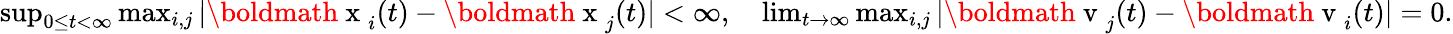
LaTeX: \begin{array}{r}{\begin{array}{r}{\operatorname*{sup}_{0\leq t<\infty}\operatorname*{max}_{i,j}|\mathrm{\boldmath~x~}_{i}(t)-\mathrm{\boldmath~x~}_{j}(t)|<\infty,\quad\operatorname*{lim}_{t\to\infty}\operatorname*{max}_{i,j}|\mathrm{\boldmath~v~}_{j}(t)-\mathrm{\boldmath~v~}_{i}(t)|=0.}\end{array}}\end{array}